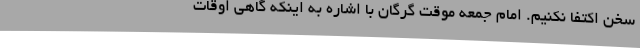
سخن اکتفا نکنیم. امام جمعه موقت گرگان با اشاره به اینکه گاهی اوقات